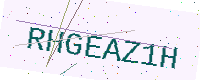
Text: RHGEAZ1H